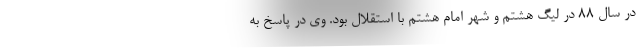
در سال 88 در لیگ هشتم و شهر امام هشتم با استقلال بود. وی در پاسخ به